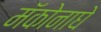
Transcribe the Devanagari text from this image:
मॅकोनाघे